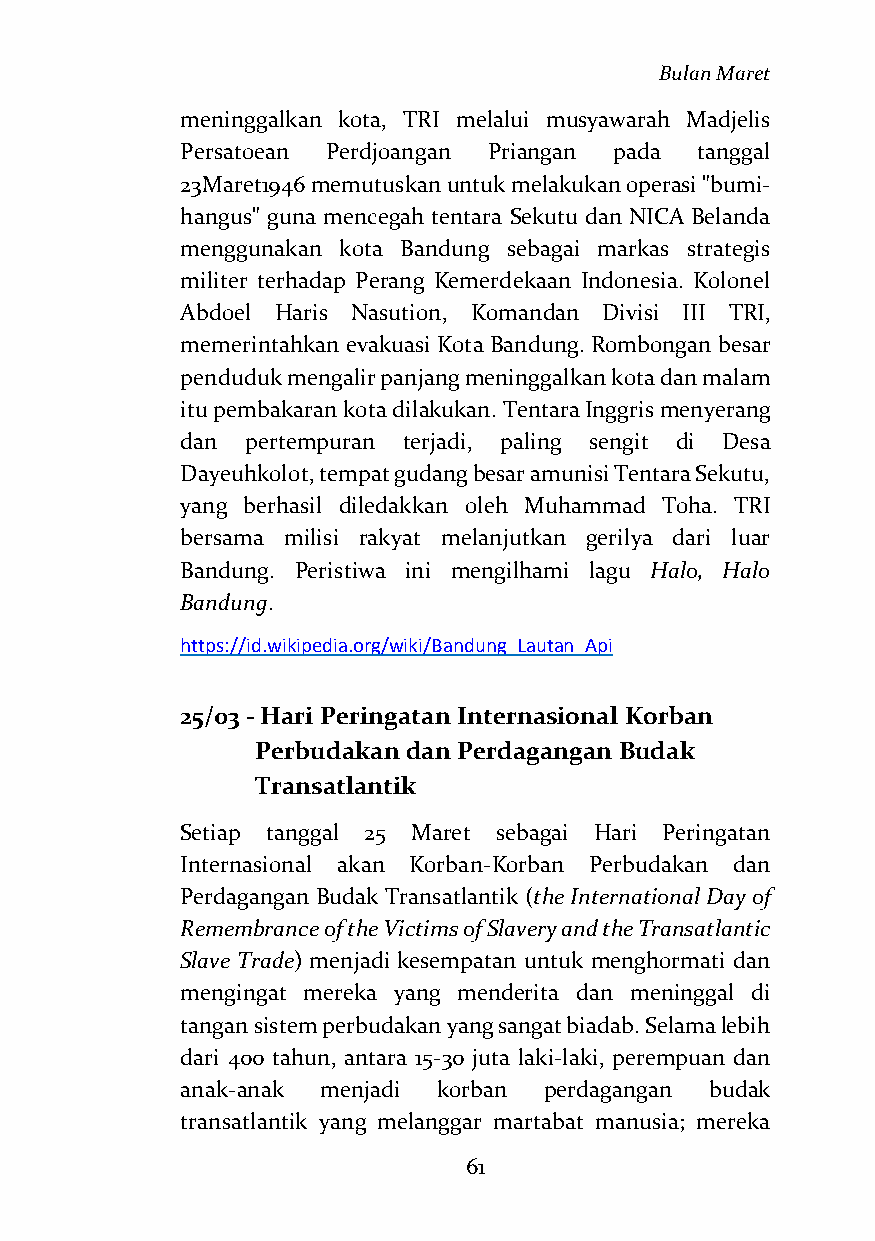
Bulan Maret
 meninggalkan kota, TRI melalui musyawarah Madjelis
 Persatoean Perdjoangan Priangan pada tanggal
 23Maret1946 memutuskan untuk melakukan operasi "bumi-
 hangus" guna mencegah tentara Sekutu dan NICA Belanda
 menggunakan kota Bandung sebagai markas strategis
 militer terhadap Perang Kemerdekaan Indonesia. Kolonel
 Abdoel Haris Nasution, Komandan Divisi III TRI,
 memerintahkan evakuasi Kota Bandung. Rombongan besar
 penduduk mengalir panjang meninggalkan kota dan malam
 itu pembakaran kota dilakukan. Tentara Inggris menyerang
 dan pertempuran terjadi, paling sengit di Desa
 Dayeuhkolot, tempat gudang besar amunisi Tentara Sekutu,
 yang berhasil diledakkan oleh Muhammad Toha. TRI
 bersama milisi rakyat melanjutkan gerilya dari luar
 Bandung. Peristiwa ini mengilhami lagu Halo, Halo
 Bandung.
 https://id.wikipedia.org/wiki/Bandung_Lautan_Api
 25/03 - Hari Peringatan Internasional Korban
 Perbudakan dan Perdagangan Budak
 Transatlantik
 Setiap tanggal 25 Maret sebagai Hari Peringatan
 Internasional akan Korban-Korban Perbudakan dan
 Perdagangan Budak Transatlantik (the International Day of
 Remembrance of the Victims of Slavery and the Transatlantic
 Slave Trade) menjadi kesempatan untuk menghormati dan
 mengingat mereka yang menderita dan meninggal di
 tangan sistem perbudakan yang sangat biadab. Selama lebih
 dari 400 tahun, antara 15-30 juta laki-laki, perempuan dan
 anak-anak menjadi korban perdagangan budak
 transatlantik yang melanggar martabat manusia; mereka
 61